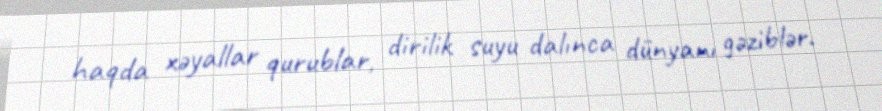
haqda xəyallar qurublar, dirilik suyu dalınca dünyanı gəziblər.